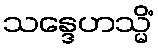
သန္ဒေဟသ္မိံ